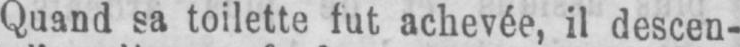
Quand sa toilette fut achevée, il descen-